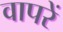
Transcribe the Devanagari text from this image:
वापरें